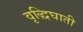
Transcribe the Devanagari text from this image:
वृद्धिघाती